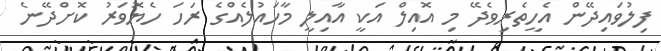
ފިލުވައިދޭން އެހީތެރިވެދޭ މި އޮއިލް އަކީ އާއިލީ މާހައުލެއްގެ ރަހަ ހެޔޮވަރު ކޮށްދޭނެ